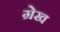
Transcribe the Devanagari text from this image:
ग्रेख